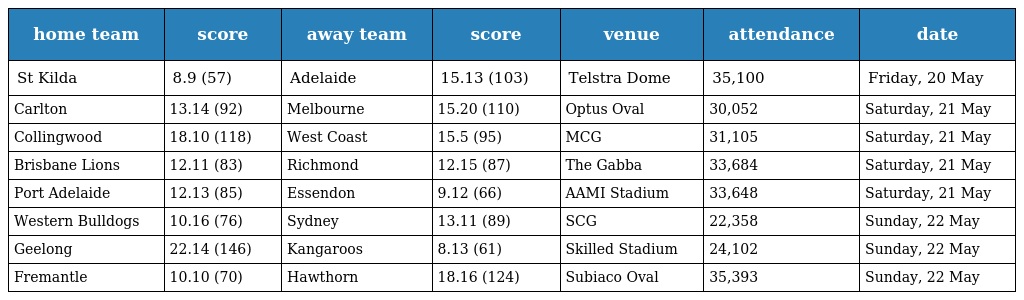
| home team | score | away team | score | venue | attendance | date |
 | --- | --- | --- | --- | --- | --- | --- |
 | St Kilda | 8.9 (57) | Adelaide | 15.13 (103) | Telstra Dome | 35,100 | Friday, 20 May |
 | Carlton | 13.14 (92) | Melbourne | 15.20 (110) | Optus Oval | 30,052 | Saturday, 21 May |
 | Collingwood | 18.10 (118) | West Coast | 15.5 (95) | MCG | 31,105 | Saturday, 21 May |
 | Brisbane Lions | 12.11 (83) | Richmond | 12.15 (87) | The Gabba | 33,684 | Saturday, 21 May |
 | Port Adelaide | 12.13 (85) | Essendon | 9.12 (66) | AAMI Stadium | 33,648 | Saturday, 21 May |
 | Western Bulldogs | 10.16 (76) | Sydney | 13.11 (89) | SCG | 22,358 | Sunday, 22 May |
 | Geelong | 22.14 (146) | Kangaroos | 8.13 (61) | Skilled Stadium | 24,102 | Sunday, 22 May |
 | Fremantle | 10.10 (70) | Hawthorn | 18.16 (124) | Subiaco Oval | 35,393 | Sunday, 22 May |